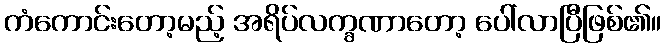
ကံကောင်းတော့မည့် အရိပ်လက္ခဏာတော့ ပေါ်လာပြီဖြစ်၏။